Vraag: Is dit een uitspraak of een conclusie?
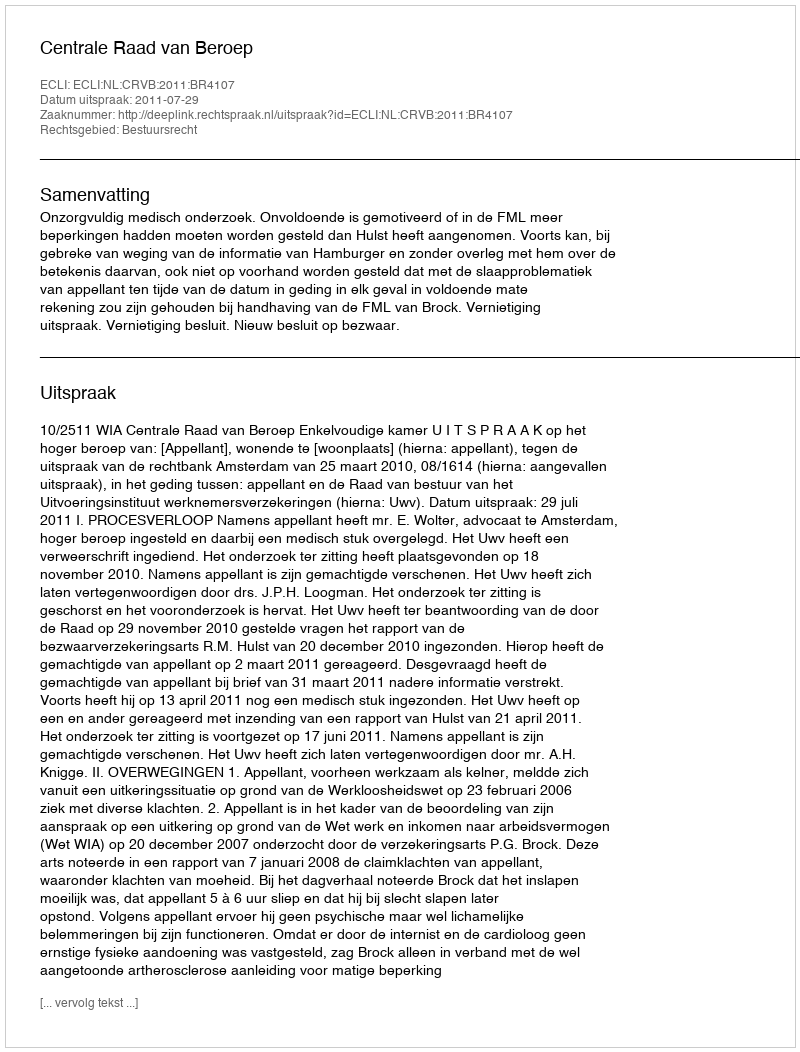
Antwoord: Uitspraak